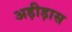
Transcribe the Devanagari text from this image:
अड़ीड़ास